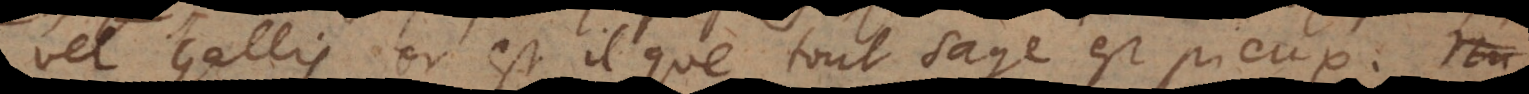
vel Gallis or est il que tout sage est pieux,